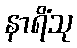
နာရိံသု